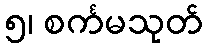
၅၊ စင်္ကမသုတ်